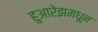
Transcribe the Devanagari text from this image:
हुआरेझमधून